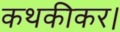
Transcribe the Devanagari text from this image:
कथकीकर।